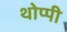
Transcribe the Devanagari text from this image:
थोप्पी